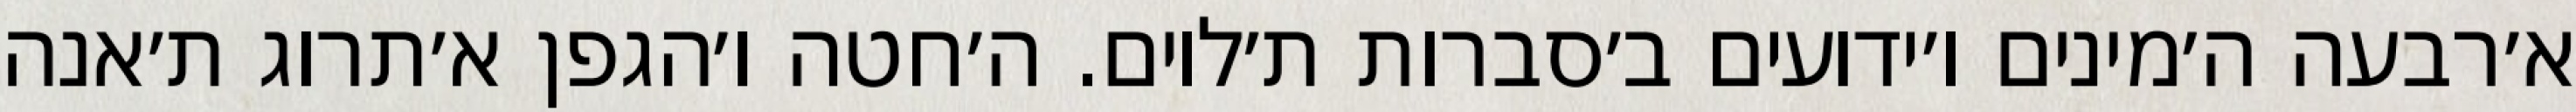
א׳רבעה ה׳מינים ו׳ידועים ב׳סברות ת׳לוים. ה׳חטה ו׳הגפן א׳תרוג ת׳אנה